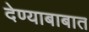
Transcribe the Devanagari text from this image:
देण्याबाबात